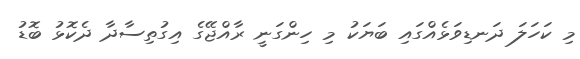
މި ކަހަލަ ދަނޑިވަޅެއްގައި ބަޔަކު މި ހިންގަނީ ރާއްޖޭގެ އިގުތިސާދާ ދެކޮޅު ބޮޑު